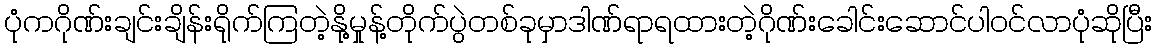
ပုံကဂိုဏ်းချင်းချိန်းရိုက်ကြတဲ့နို့မှုန့်တိုက်ပွဲတစ်ခုမှာဒါဏ်ရာရထားတဲ့ဂိုဏ်းခေါင်းဆောင်ပါဝင်လာပုံဆိုပြီး